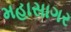
મહાસાગર